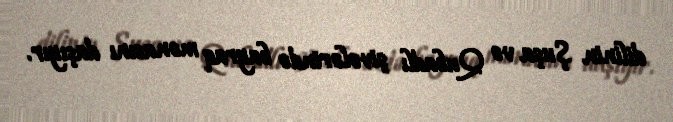
dilinin Şuşa və Qubadlı şivələrində bayraq mənasını daşıyır.